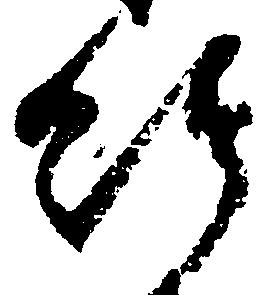
給